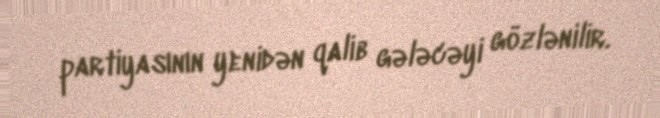
partiyasının yenidən qalib gələcəyi gözlənilir.